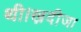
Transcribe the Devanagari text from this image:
थी।ख़दीजा